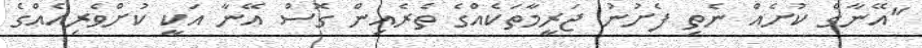
"އޭނާގެ ކުށެއް ނެތި ފެށުނު ޖަރީމާތަކެއްގެ ތެރެއިން ގޮސް އޭނާ އަކީ ކުށްވެރިއެއްގެ